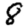
Digit: 8